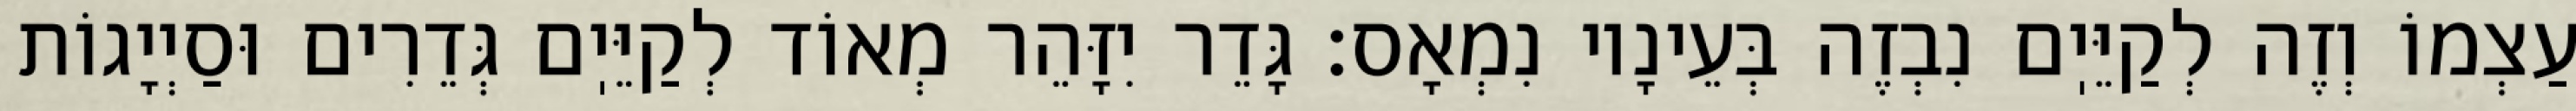
עַצְמוֹ וְזֶה לְקַיֵּיֽם נִבְזֶה בְּעֵינָיו נִמְאָס: גָּדֵר יִזָּהֵר מְאוֹד לְקַיֵּיֽם גְּדֵרִים וּסַיְיָגוֹת